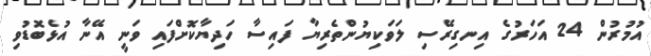
އުމުރުން 24 އަހަރުގެ އިނގިރޭސި ލަވަކިޔުންތެރިޔާ ފައިސާ ހަދިޔާކޮށްފައި ވަނީ އޭނާ އުޅެބޮޑުވި